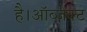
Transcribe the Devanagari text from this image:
है।ऑब्जेक्ट